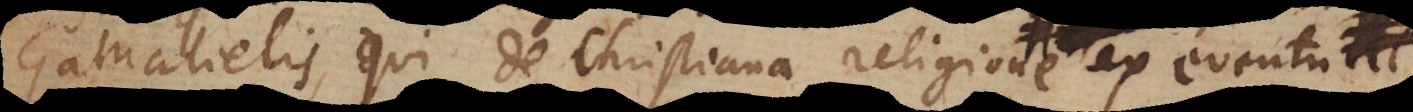
is, qui de Christiana religione ex eventu